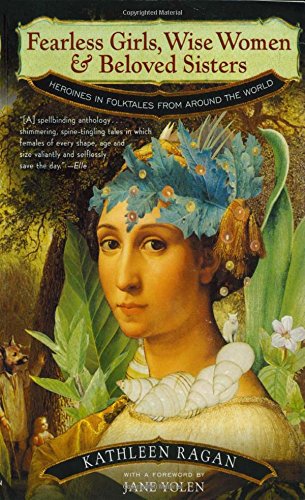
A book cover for Fearless Girls, Wise Women & Beloved Sisters: Heroines in Folktales from Around the World; Literature & Fiction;